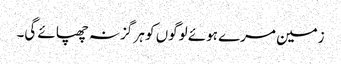
زمین مرے ہوئے لوگوں کو ہر گز نہ چھپائے گی۔